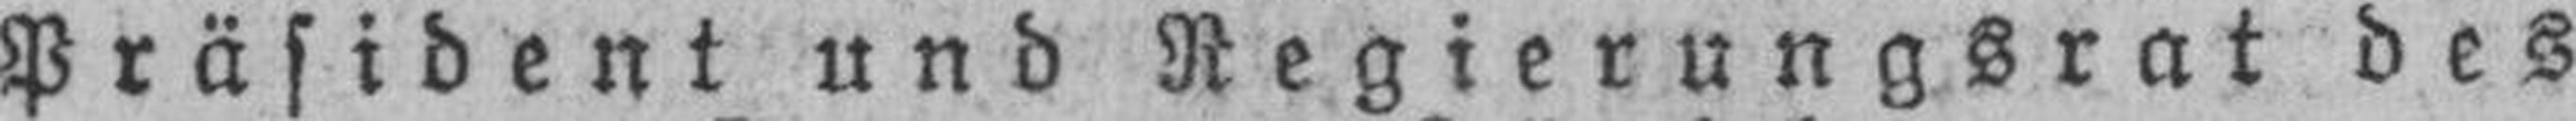
Präsident und Regierungsrat des